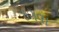
ઠગવા